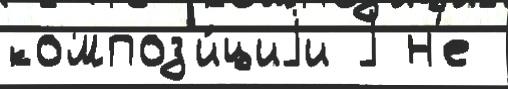
композ'и́циjи j н'е